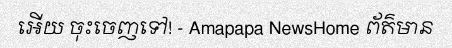
អើយ ចុះចេញទៅ! - Amapapa NewsHome ព័ត៌មាន